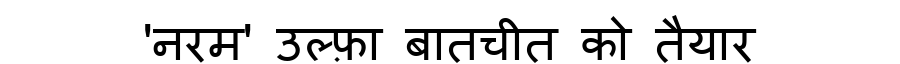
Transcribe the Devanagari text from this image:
'नरम' उल्फ़ा बातचीत को तैयार